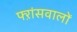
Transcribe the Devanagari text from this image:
फ्ऱांसवालों